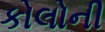
કોલોની